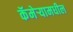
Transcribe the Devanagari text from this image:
कॅमेऱ्यामधील